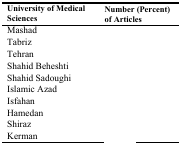
<table><thead><tr><td><b>University of Medical Sciences</b></td><td><b>Number (Percent)of Articles</b></td></tr></thead><tbody><tr><td>Mashad</td><td>[EMPTY_CELL]</td></tr><tr><td>Tabriz</td><td>[EMPTY_CELL]</td></tr><tr><td>Tehran</td><td>[EMPTY_CELL]</td></tr><tr><td>Shahid Beheshti</td><td>[EMPTY_CELL]</td></tr><tr><td>Shahid Sadoughi</td><td>[EMPTY_CELL]</td></tr><tr><td>Islamic Azad</td><td>[EMPTY_CELL]</td></tr><tr><td>Isfahan</td><td>[EMPTY_CELL]</td></tr><tr><td>Hamedan</td><td>[EMPTY_CELL]</td></tr><tr><td>Shiraz</td><td>[EMPTY_CELL]</td></tr><tr><td>Kerman</td><td>[EMPTY_CELL]</td></tr></tbody></table>